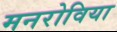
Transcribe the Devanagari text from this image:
मनरोविया